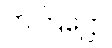
တတြဋ္ဌော